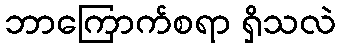
ဘာကြောက်စရာ ရှိသလဲ